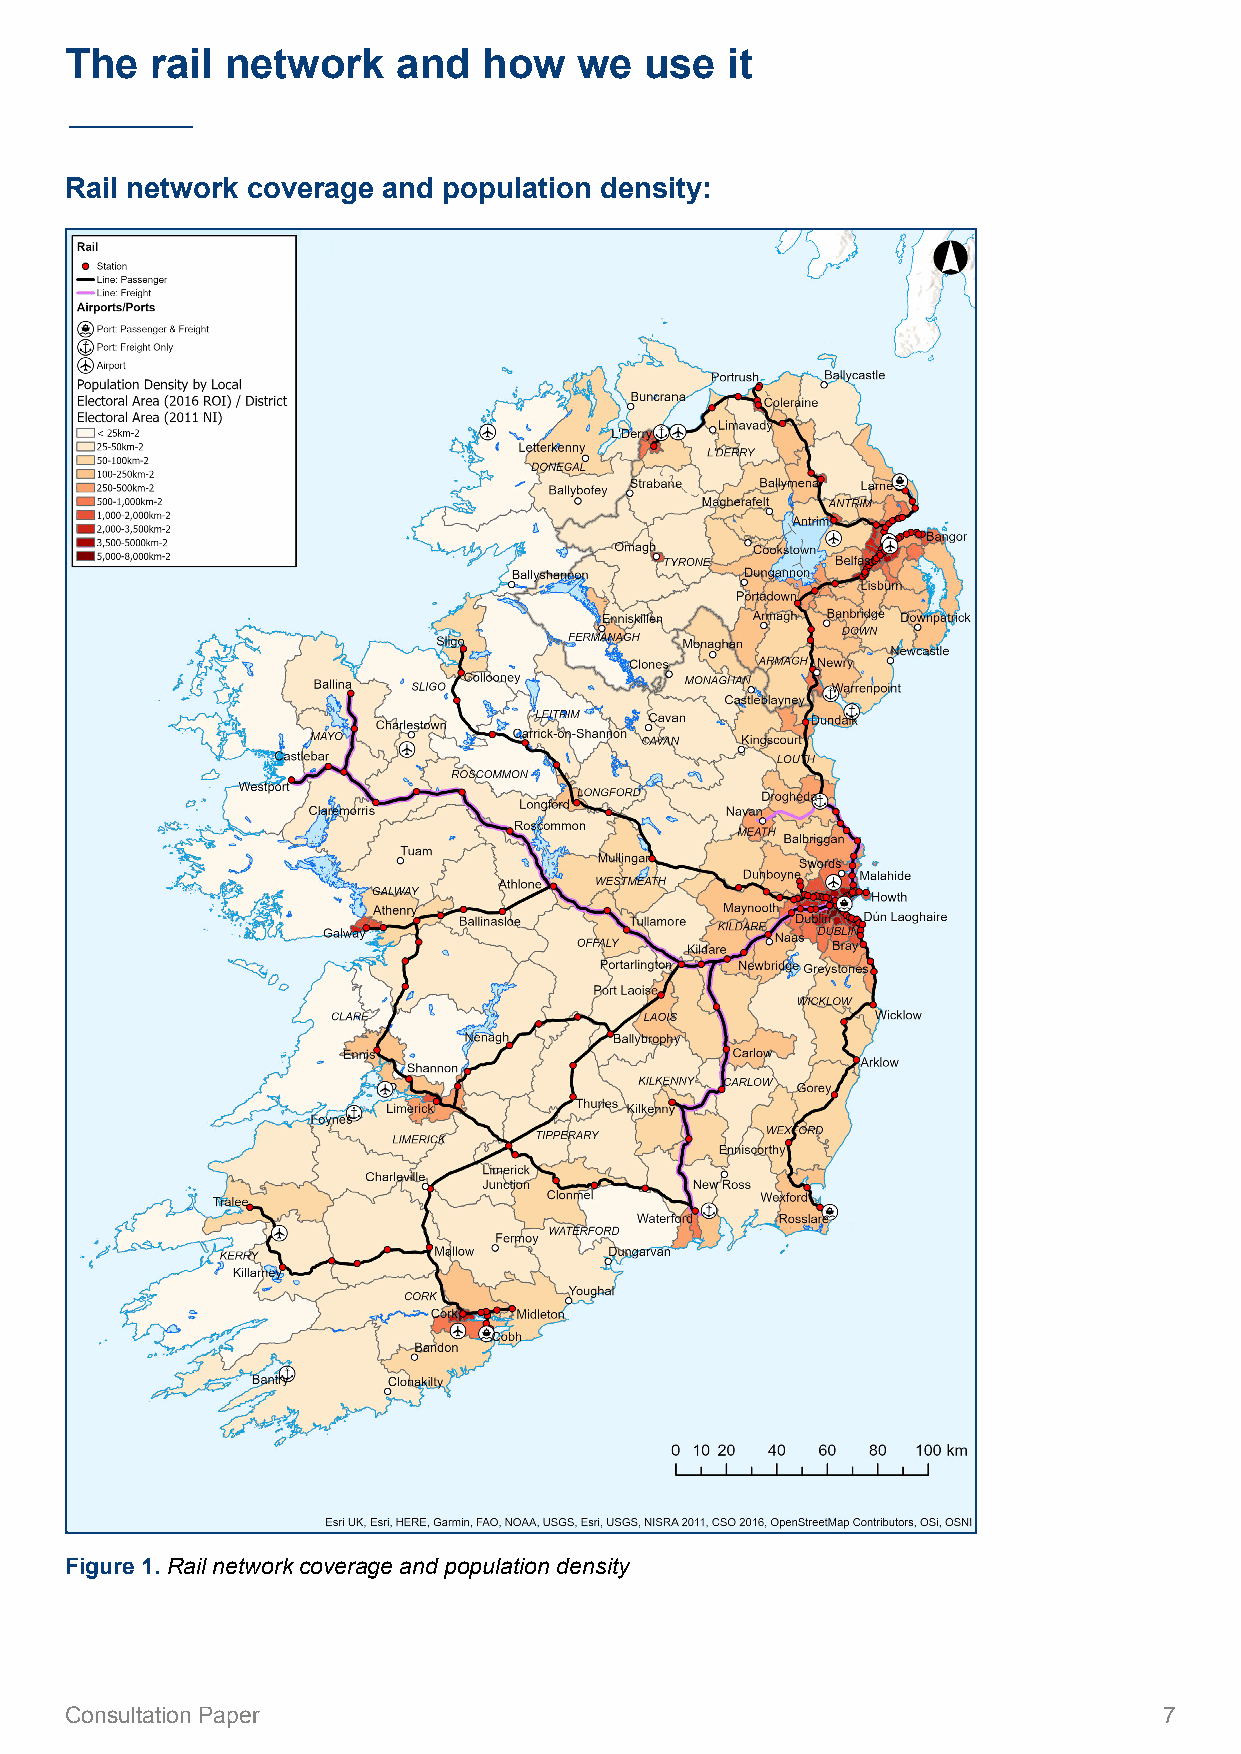
The   rail network    and   how   we   use  it
 Rail network coverage and population density:
 Figure 1. Rail network coverage and population density
 Consultation Paper                                                       7